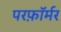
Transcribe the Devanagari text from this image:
परफ़ॉर्मर